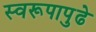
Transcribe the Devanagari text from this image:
स्वरूपापुढे